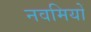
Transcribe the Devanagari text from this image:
नवमियों